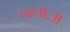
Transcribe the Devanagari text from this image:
५०३६अ